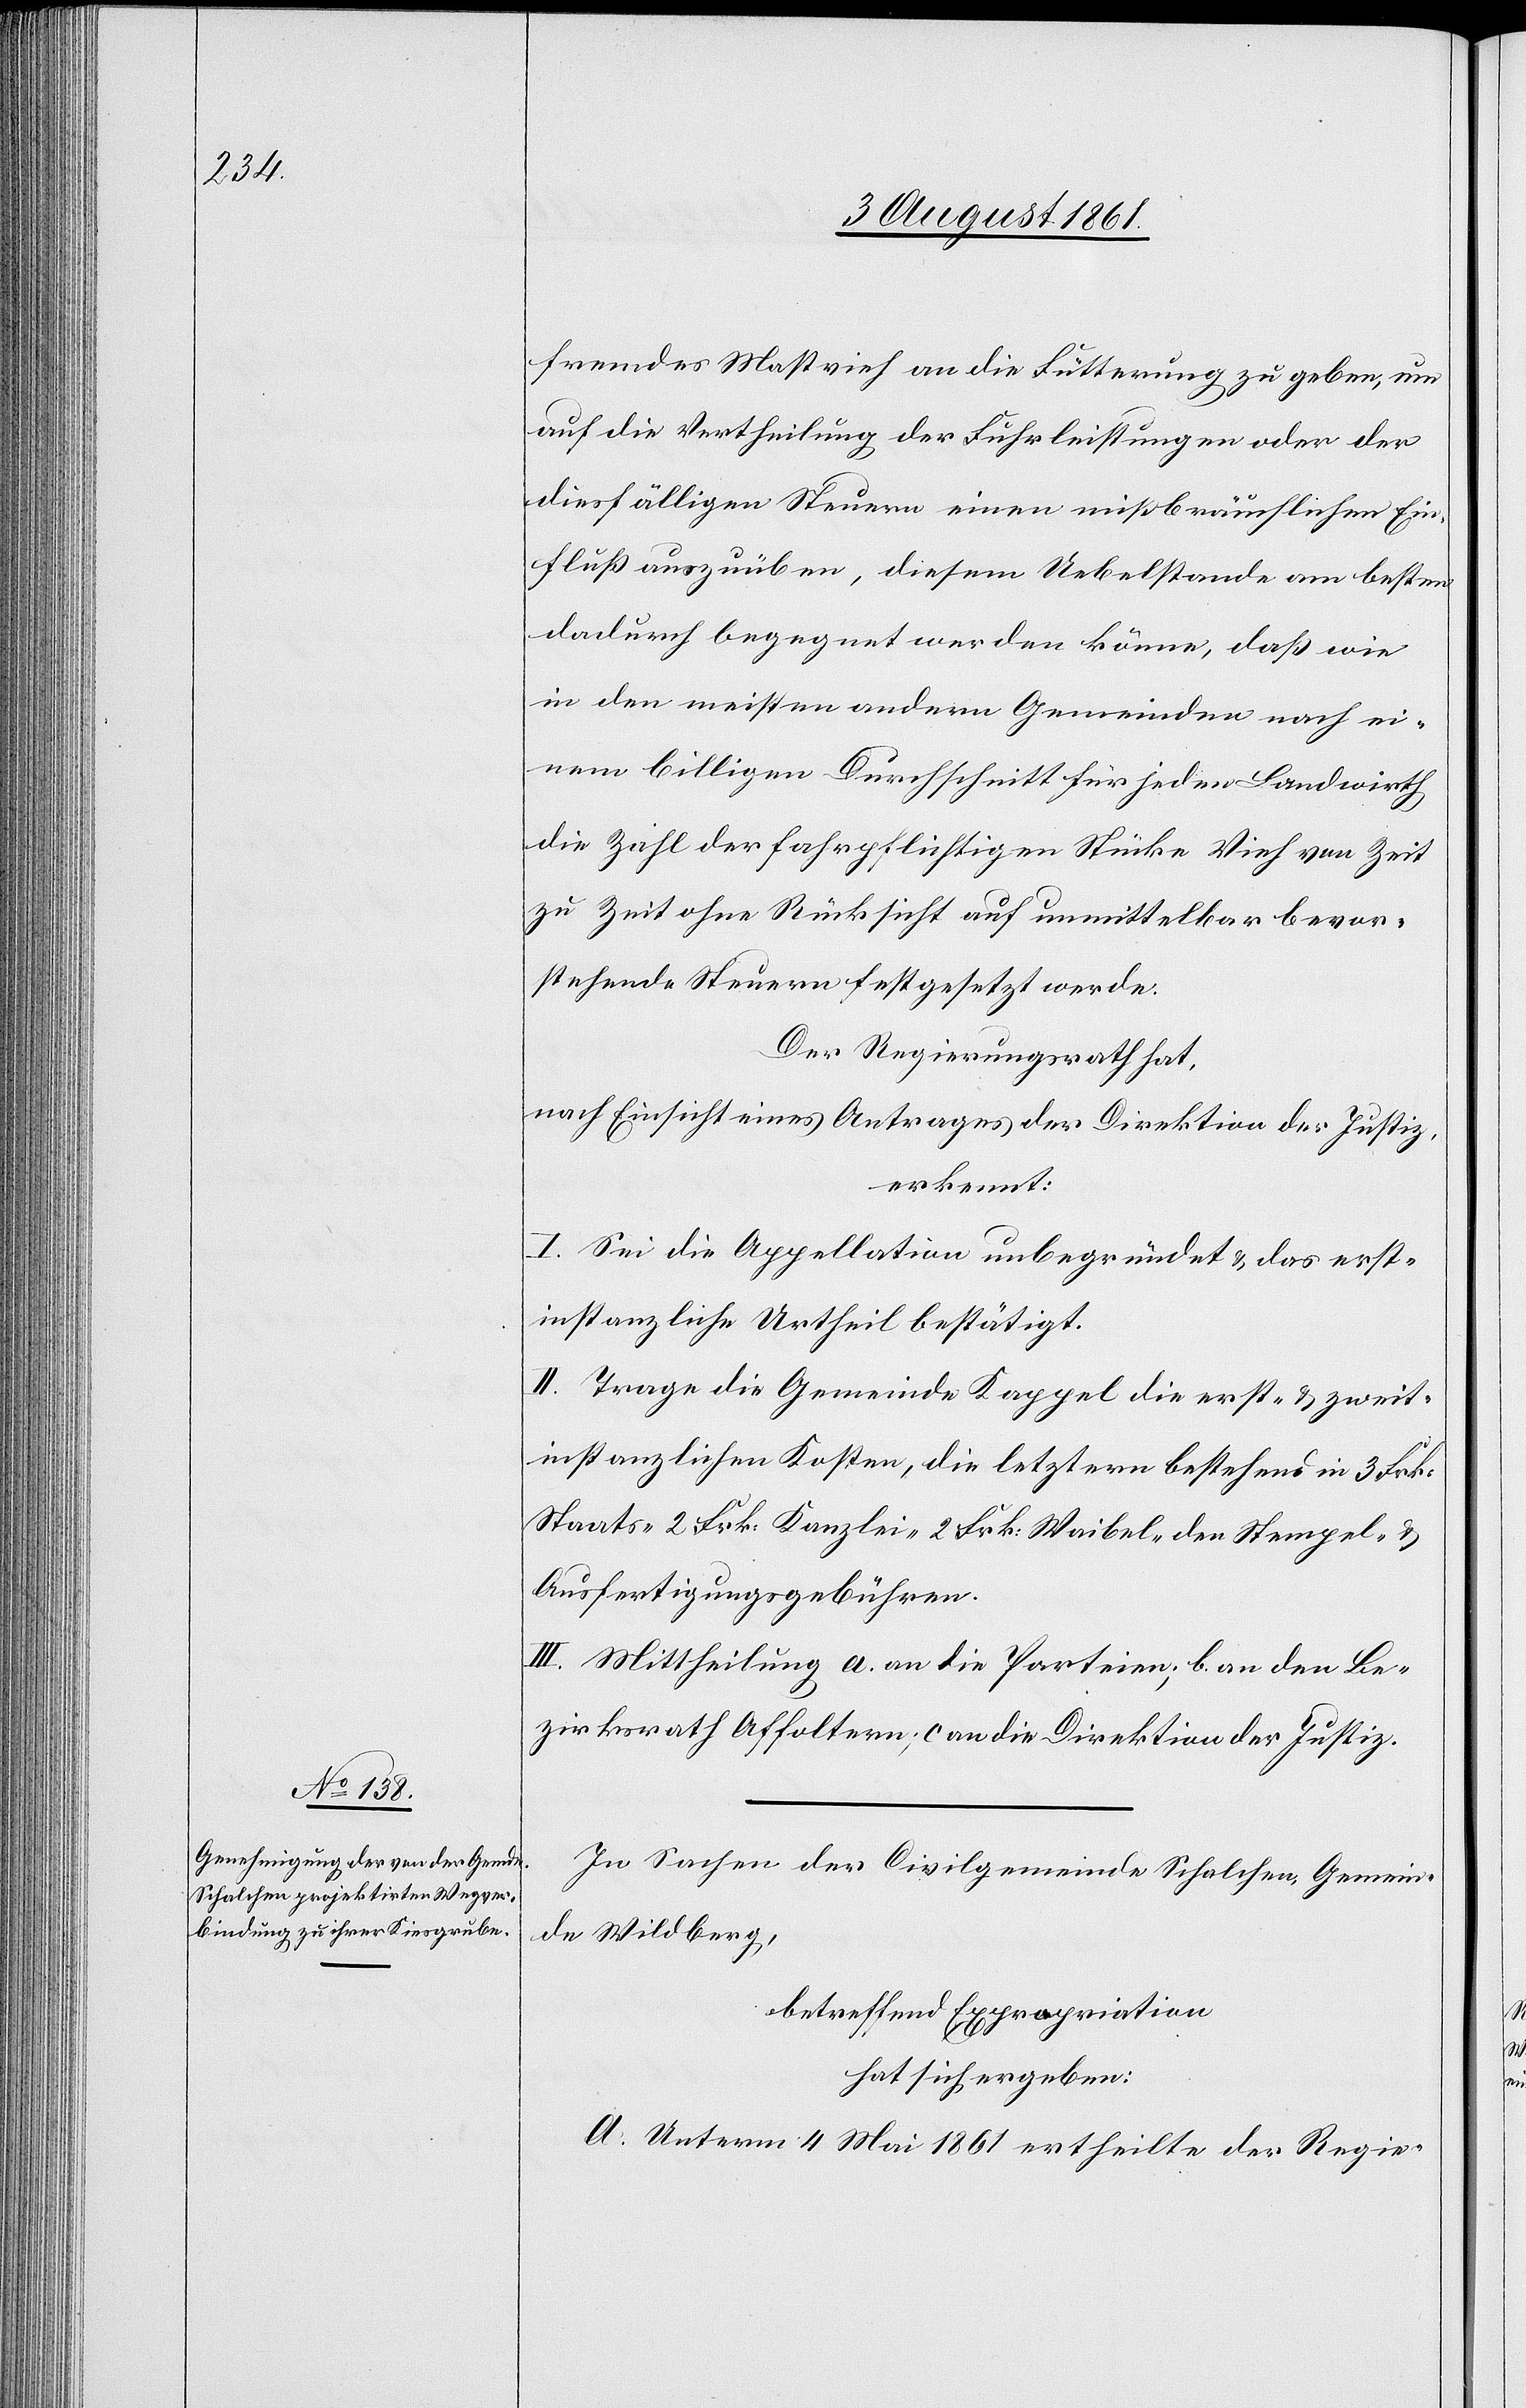
fremdes Mastvieh an die Fütterung zu geben, um
auf die Vertheilung der Fuhrleistungen oder der
diesfälligen Steuern einen mißbräuchlichen Ein¬
fluß auszuüben, diesem Uebelstande am besten
dadurch begegnet werden könne, daß wie
in den meisten andern Gemeinden nach ei¬
nem billigen Durchschnitt für jeden Landwirth
die Zahl der fahrpflichtigen Stücke Vieh von Zeit
zu Zeit ohne Rücksicht auf unmittelbar bevor¬
stehende Steuern festgesetzt werde.
Der Regierungsrath hat,
nach Einsicht eines Antrages der Direktion der Justiz,
erkennt:
I. Sei die Appellation unbegründet u. das erst¬
instanzliche Urtheil bestätigt.
II. Trage die Gemeinde Kappel die erst- u. zweit¬
instanzlichen Kosten, die letztern bestehend in 3 Frk.
Staats-[,] 2 Frk. Kanzlei-[,] 2 Frk.Waibel-[,] der Stempel- u.
Ausfertigungsgebühren.
III. Mittheilung a. an die Parteien, b. an den Be¬
zirksrath Affoltern, c. an die Direktion der Justiz.
In Sachen der Civilgemeinde Schalchen, Gemein¬
de Wildberg,
betreffend Expropriation
hat sich ergeben:
A. Unterm 4 Mai 1861 ertheilte der Regie-